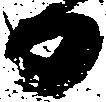
日